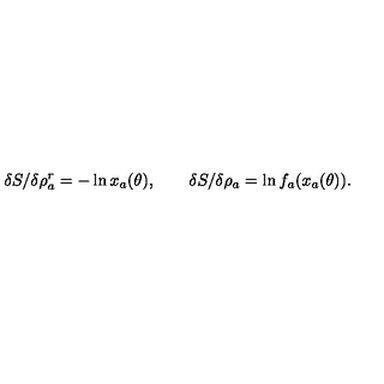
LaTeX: \delta S / \delta \rho _ { a } ^ { r } = - \ln x _ { a } ( \theta ) , \qquad \delta S / \delta \rho _ { a } = \ln f _ { a } ( x _ { a } ( \theta ) ) .